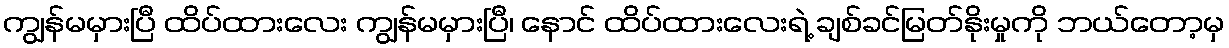
ကျွန်မမှားပြီ ထိပ်ထားလေး ကျွန်မမှားပြီ၊ နောင် ထိပ်ထားလေးရဲ့ ချစ်ခင်မြတ်နိုးမှုကို ဘယ်တော့မှ